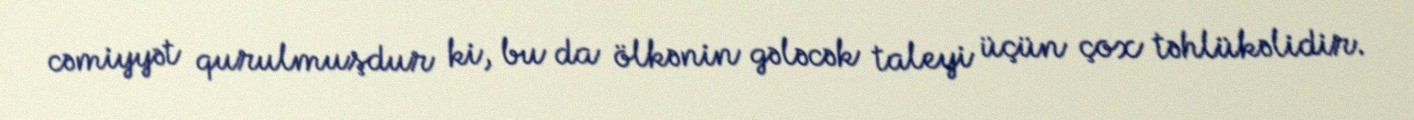
cəmiyyət qurulmuşdur ki, bu da ölkənin gələcək taleyi üçün çox təhlükəlidir.